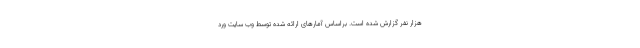
هزار نفر گزارش شده است. براساس آمارهای ارائه شده توسط وب سایت ورد